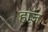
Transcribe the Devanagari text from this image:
हाज़